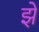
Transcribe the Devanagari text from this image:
झे